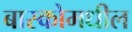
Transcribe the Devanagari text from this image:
बास्कोमधील